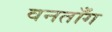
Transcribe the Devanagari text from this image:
वनताँग